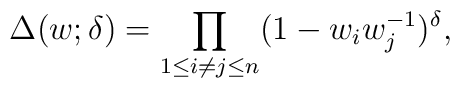
\Delta(w;\delta) = \prod_{1\leq i\neq j \leq n}(1 - w_i w_j^{-1})^{\delta},